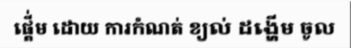
ផ្តើ់ម ដោយ ការកំណត់ ខ្យល់ ដង្ហើម ចូល